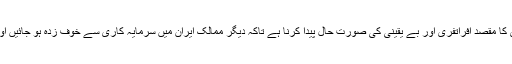
صدر حسن روحانی نے مزید کہا کہ امریکی اقتصادی دہشت گردی کا مقصد افراتفری اور بے یقینی کی صورت حال پیدا کرنا ہے تاکہ دیگر ممالک ایران میں سرمایہ کاری سے خوف زدہ ہو جائیں اور جب تجارت نہیں ہوگئی تو ملک زبوں حالی کا شکار ہوجائے گا۔